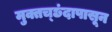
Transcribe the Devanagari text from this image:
मुक्तच्‍छंदापासून